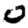
Digit: 0